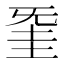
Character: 𣄱